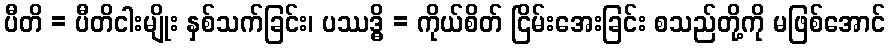
ပီတိ = ပီတိငါးမျိုး နှစ်သက်ခြင်း၊ ပဿဒ္ဓိ = ကိုယ်စိတ် ငြိမ်းအေးခြင်း စသည်တို့ကို မဖြစ်အောင်